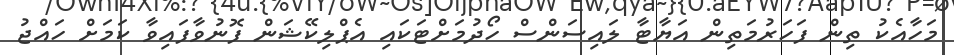
މަހާއެކު ތިން ފަހަރުމަތިން އަޔާޓާ ލައިސަންސް ހޯދުމަށްޓަކައި އެޕްލިކޭޝަން ފޮނުވާފައިވާ ކަމަށް ހައްޖު